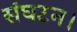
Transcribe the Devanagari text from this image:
संघटन।